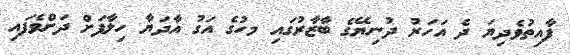
ފާއިތުވެދިޔަ ދެ އަހަރު ދުނިޔޭގެ ބާޒާރުގައި މހުގެ އަގު އާދަޔާ ހިލާފަށް ދަށްވެފައި